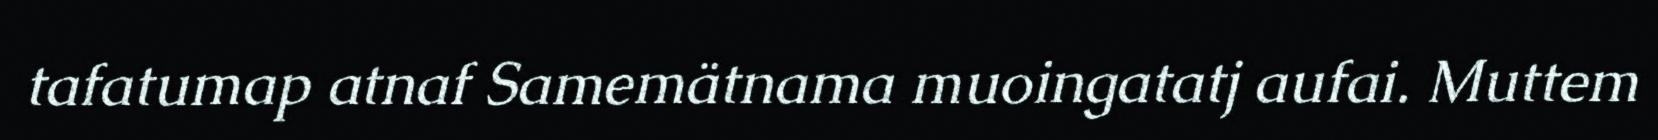
tafatumap atnaf Samemätnama muoingatatj aufai. Muttem